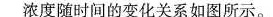
浓度随时间的变化关系如图所示。